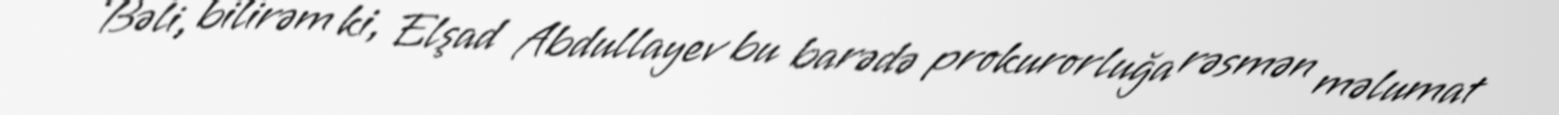
- Bəli, bilirəm ki, Elşad Abdullayev bu barədə prokurorluğa rəsmən məlumat